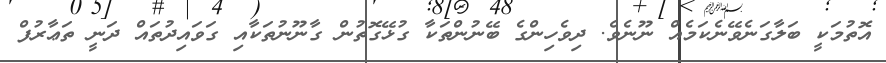
އޮތުމަކީ ބަލާގަނެވޭނެކަމެއް ނޫނެވެ. ދިވެހިންގެ ބޭނުންތަކާ ގުޅޭގޮތުން ގާނޫނުތަކާއި ގަވައިދުތައް ދަނީ ތަޢާރުފް